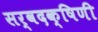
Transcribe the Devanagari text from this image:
सर्वदक्षिणी